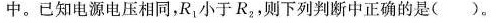
中。已知电源电压相同，R_{1}小于R_{2}，则下列判断中正确的是( )。